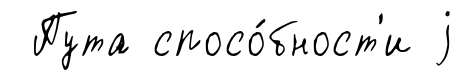
Пута спосо́бност'и j